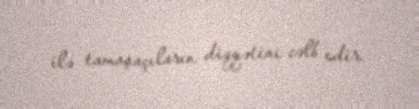
ilə tamaşaçıların diqqətini cəlb edir.